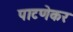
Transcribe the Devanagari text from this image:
पाटणेकर